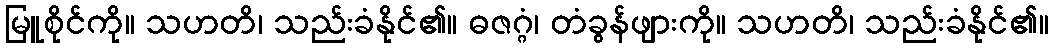
မြူစိုင်ကို။ သဟတိ၊ သည်းခံနိုင်၏။ ဓဇဂ္ဂံ၊ တံခွန်ဖျားကို။ သဟတိ၊ သည်းခံနိုင်၏။